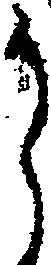
候